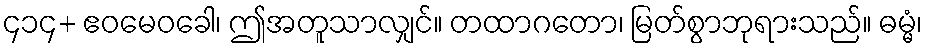
၄၁၄+ ဧဝမေဝခေါ၊ ဤအတူသာလျှင်။ တထာဂတော၊ မြတ်စွာဘုရားသည်။ ဓမ္မံ၊